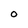
Character: O